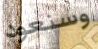
وسنعود